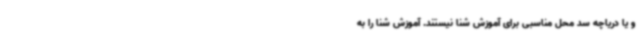
و یا دریاچه سد محل مناسبی برای آموزش شنا نیستند. آموزش شنا را به